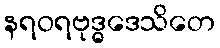
နရဝရဗုဒ္ဓဒေသိတေ